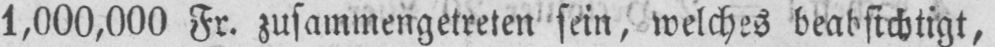
1,000,000 Fr. zusammengetreten sein, welches beabsichtigt,